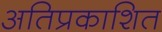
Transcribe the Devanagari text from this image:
अतिप्रकाशित